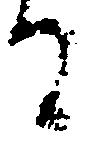
る